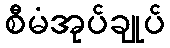
စီမံအုပ်ချုပ်